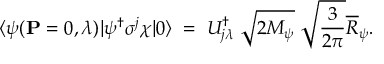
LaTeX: \langle \psi ( { \bf P } = 0 , \lambda ) | \psi ^ { \dagger } \sigma ^ { j } \chi | 0 \rangle \; = \; U _ { j \lambda } ^ { \dagger } \; \sqrt { 2 M _ { \psi } } \; \sqrt { \frac { 3 } { 2 \pi } } \overline { { { R } } } _ { \psi } .